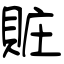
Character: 賍